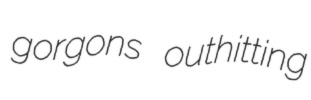
gorgons outhitting